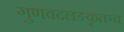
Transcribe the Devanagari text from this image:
गुणवदलङकृतञ्च